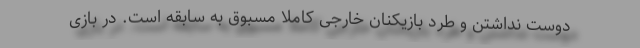
دوست نداشتن و طرد بازیکنان خارجی کاملا مسبوق به سابقه است. در بازی